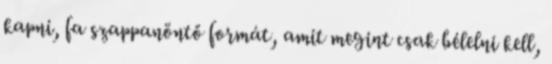
kapni, fa szappanöntő formát, amit megint csak bélelni kell,